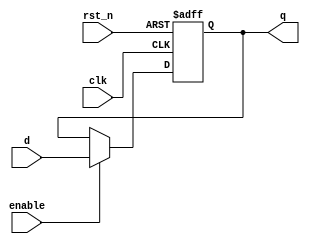
module ParameterizedRegister #(
    parameter WIDTH = 8  // Parameterized width of the register
)(
    input wire clk,       // Clock signal
    input wire rst_n,     // Active low asynchronous reset
    input wire enable,     // Enable signal
    input wire [WIDTH-1:0] d,  // Data input
    output reg [WIDTH-1:0] q   // Data output
);

// Synchronous process for updating the register
always @(posedge clk or negedge rst_n) begin
    if (!rst_n) begin
        q <= {WIDTH{1'b0}};  // Reset the register to zero
    end else if (enable) begin
        q <= d;              // Update the register with new data
    end
    // If the enable signal is not active, the register retains its value
end

endmodule